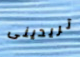
تريدينى